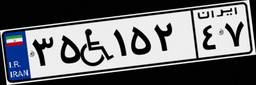
۳۵W۱۵۲۴۷